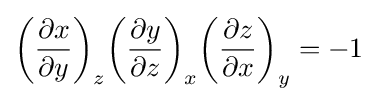
{\left({\frac {\partial x}{\partial y}}\right)}_{z}{\left({\frac {\partial y}{\partial z}}\right)}_{x}{\left({\frac {\partial z}{\partial x}}\right)}_{y}=-1